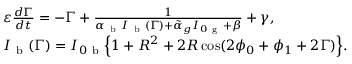
\begin{array} { l } { \varepsilon \frac { d \Gamma } { d t } = - \Gamma + \frac { 1 } { \alpha _ { \mathrm { ~ b ~ } } I _ { \mathrm { ~ b ~ } } ( \Gamma ) + \tilde { \alpha } _ { g } I _ { 0 \mathrm { ~ g ~ } } + \beta } + \gamma , } \\ { I _ { \mathrm { ~ b ~ } } ( \Gamma ) = I _ { 0 \mathrm { ~ b ~ } } \Big \{ 1 + R ^ { 2 } + 2 R \cos ( 2 \phi _ { 0 } + \phi _ { 1 } + 2 \Gamma ) \Big \} . } \end{array}